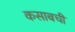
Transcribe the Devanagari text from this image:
कसाबची